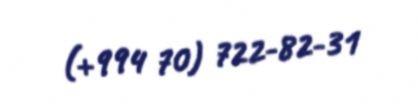
(+994 70) 722-82-31